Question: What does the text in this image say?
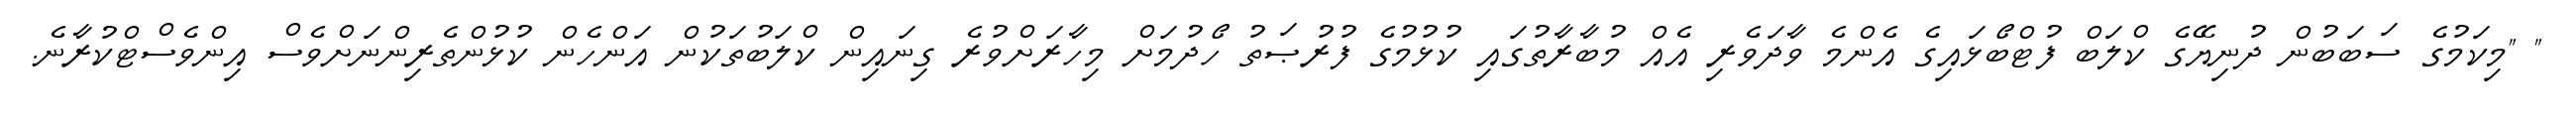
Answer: " "މިކަމުގެ ސަބަބުން ދުނިޔޭގެ ކްލަބް ފުޓްބޯޅައިގެ އެންމެ ވާދަވެރި އެއް މުބާރާތުގައި ކުޅުމުގެ ފުރުޞަތު ހޯދުމަށް މިހާރަށްވުރެ ގިނައިން ކްލަބުތަކުން އަންހެން ކުޅުންތެރިންނަށްވެސް އިންވެސްޓްކުރާނެ.